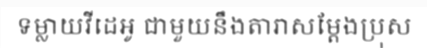
ទម្លាយវីដេអូ ជាមួយនឹងតារាសម្តែងប្រុស